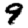
Digit: 9